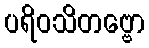
ပရိဝသိတဗ္ဗော